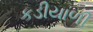
કડીયાળી